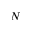
N